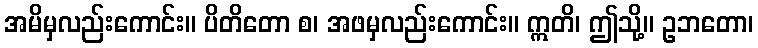
အမိမှလည်းကောင်း။ ပိတိတော စ၊ အဖမှလည်းကောင်း။ ဣတိ၊ ဤသို့။ ဥဘတော၊